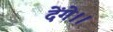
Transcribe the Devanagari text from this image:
देंगे।।